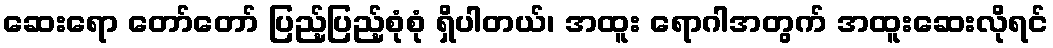
ဆေးရော တော်တော် ပြည့်ပြည့်စုံစုံ ရှိပါတယ်၊ အထူး ရောဂါအတွက် အထူးဆေးလိုရင်